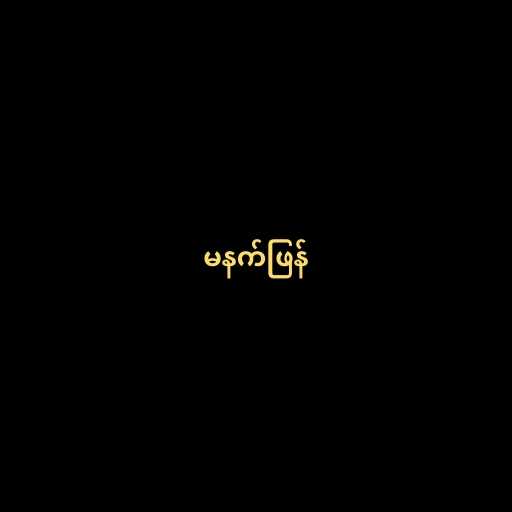
မနက်ဖြန်